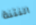
النتنة